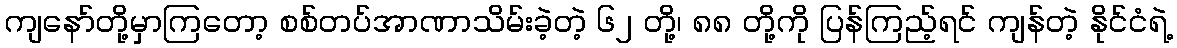
ကျနော်တို့မှာကြတော့ စစ်တပ်အာဏာသိမ်းခဲ့တဲ့ ၆၂ တို့၊ ၈၈ တို့ကို ပြန်ကြည့်ရင် ကျန်တဲ့ နိုင်ငံရဲ့